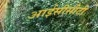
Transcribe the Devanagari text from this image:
आईसीसीटी